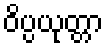
ဝိပ္ပယုတ္တာ